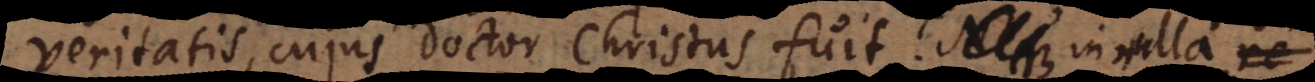
veritatis, cujus Doctor Christus fuit. Neque in ulla r